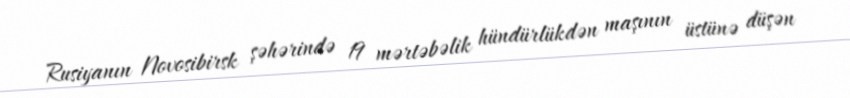
Rusiyanın Novosibirsk şəhərində 19 mərtəbəlik hündürlükdən maşının üstünə düşən